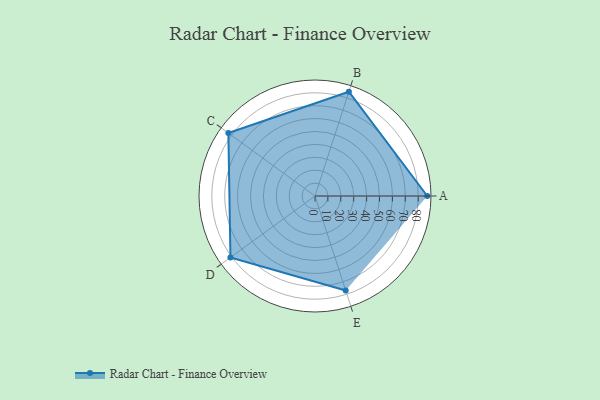
{"axis": {"x": "Skill", "y": "Score"}, "legend": ["Profile"], "data": [{"x": "A", "y": 87.0, "type": "Profile"}, {"x": "B", "y": 85.0, "type": "Profile"}, {"x": "C", "y": 83.0, "type": "Profile"}, {"x": "D", "y": 81.0, "type": "Profile"}, {"x": "E", "y": 77.0, "type": "Profile"}]}